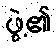
ဖွဲ့၏